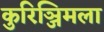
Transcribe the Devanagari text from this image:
कुरिञ्जिमला